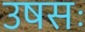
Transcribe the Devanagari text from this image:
उषसः